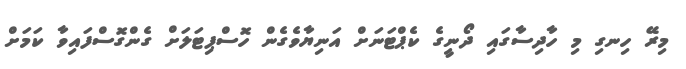
މިރޭ ހިނގި މި ހާދިސާގައި ދޯނީގެ ކެޕްޓަނަށް އަނިޔާވެގެން ހޮސްޕިޓަލަށް ގެންގޮސްފައިވާ ކަމަށް